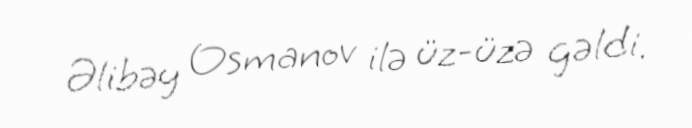
Əlibəy Osmanov ilə üz-üzə gəldi.